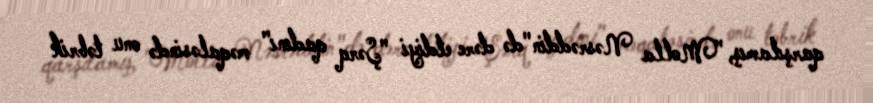
qarşılamış, "Molla Nəsrəddin"də dərc etdiyi "Şərq qadını" məqaləsində onu təbrik